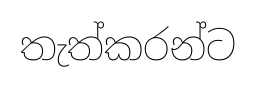
තැත්කරන්ට